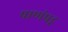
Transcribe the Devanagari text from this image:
पाणंपट्ट